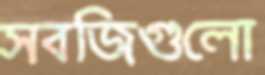
সবজিগুলো